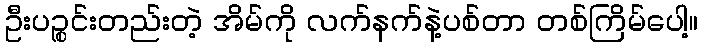
ဦးပဉ္စင်းတည်းတဲ့ အိမ်ကို လက်နက်နဲ့ပစ်တာ တစ်ကြိမ်ပေါ့။